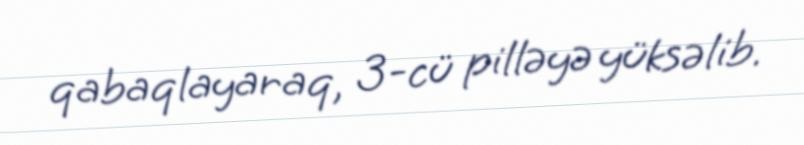
qabaqlayaraq, 3-cü pilləyə yüksəlib.